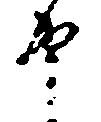
申